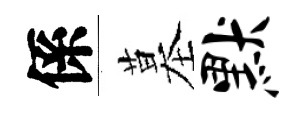
係墓默